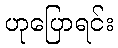
ဟုပြောရင်း